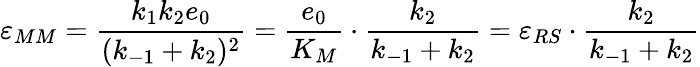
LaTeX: \varepsilon_{MM}=\frac{k_{1}k_{2}e_{0}}{(k_{-1}+k_{2})^{2}}=\frac{e_{0}}{K_{M}}\cdot\frac{k_{2}}{k_{-1}+k_{2}}=\varepsilon_{RS}\cdot\frac{k_{2}}{k_{-1}+k_{2}}